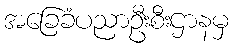
အခြေခံပညာဦးစီးဌာနမှ